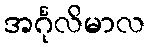
အင်္ဂုလိမာလ